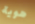
هوية